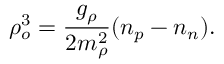
\rho _ { o } ^ { 3 } = \frac { g _ { \rho } } { 2 m _ { \rho } ^ { 2 } } ( n _ { p } - n _ { n } ) .